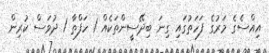
އިއްސެގެ މަރުގެ ފަހަތުގައި ގިނަ ބިދޭސީންތަކެއް 1 ހަފްތާ 1 ދުވަސް ކުރިން